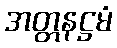
အတ္တနဋ္ဌမံ